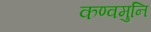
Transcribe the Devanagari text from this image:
कण्वमुनि